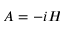
A = - i H